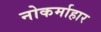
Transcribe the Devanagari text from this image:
नोकर्माहार